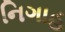
નિગાહ